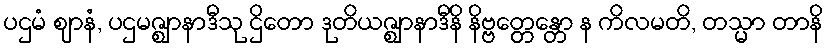
ပဌမံ ဈာနံ, ပဌမဇ္ဈာနာဒီသု ဌိတော ဒုတိယဇ္ဈာနာဒီနိ နိဗ္ဗတ္တေန္တော န ကိလမတိ, တသ္မာ တာနိ